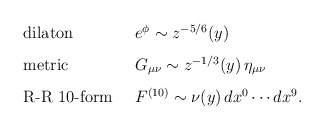
\begin{align*}\begin{array}{ll}\hbox{\rm dilaton} & \enskip e^\phi \sim z^{-5/6}(y) \\\noalign{\vskip 0.3 cm}\hbox{\rm metric} & \enskip G_{\mu \nu} \sim z^{-1/3}(y) \, \eta_{\mu\nu} \\\noalign{\vskip 0.3 cm}\hbox{\rm R-R 10-form} & \enskip F^{(10)} \sim \nu(y) \, dx^0 \cdots dx^9.\end{array}\end{align*}